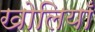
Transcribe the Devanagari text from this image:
खोलियाँ